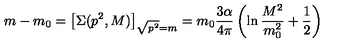
m - m _ { 0 } = \left[ \Sigma ( p ^ { 2 } , M ) \right] _ { \sqrt { p ^ { 2 } } = m } = m _ { 0 } \frac { 3 \alpha } { 4 \pi } \left( \ln \frac { M ^ { 2 } } { m _ { 0 } ^ { 2 } } + \frac { 1 } { 2 } \right)